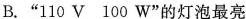
B.”110V 100W”的灯泡最亮